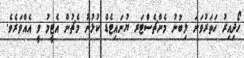
ހޯދިއިރު ހަތަރުވަނަ ލިބުނު މެންޗެސްޓަރ ޔުނައިޓެޑް ކުޅުނު މެޗުން އެޓީމު ވީ އެއްވަރެވެ.